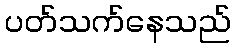
ပတ်သက်နေသည်